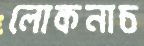
লোকনাচ